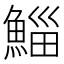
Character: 鯔